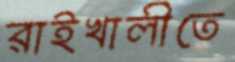
রাইখালীতে